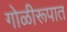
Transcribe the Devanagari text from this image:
गोळीरूपात